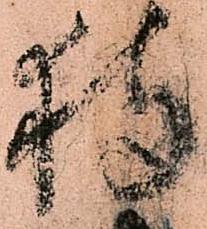
狩